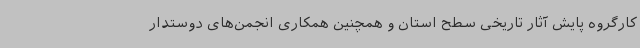
کارگروه پایش آثار تاریخی سطح استان و همچنین همکاری انجمن‌های دوستدار